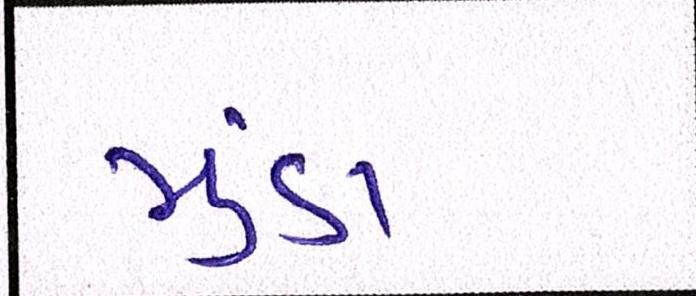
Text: મુંડા